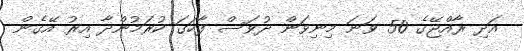
އަދި ރާއްޖޭގެ 50 ވަނަ މިނިވަން ދުވަސް ފާހަގަ ކުރަމުންދާ އިރު އޭގެން